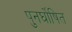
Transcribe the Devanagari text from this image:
पुनर्घोषित